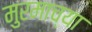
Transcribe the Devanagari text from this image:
मुरमाच्या